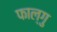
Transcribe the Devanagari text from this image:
फाल्गु